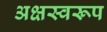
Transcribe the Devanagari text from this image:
अक्षस्वरूप